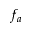
f _ { a }